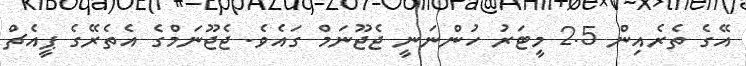
އޭގެ ތެރެއިން 2.5 މީޓަރު ހުންނަނީ ޖެޖޫނަމް ގައެވެ. ޖެޖޫނަމްގެ އެތެރޭގެ ޕީއެޗް